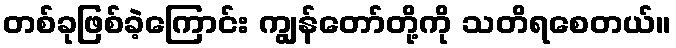
တစ်ခုဖြစ်ခဲ့ကြောင်း ကျွန်တော်တို့ကို သတိရစေတယ်။